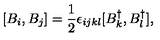
[ B _ { i } , B _ { j } ] = \frac { 1 } { 2 } \epsilon _ { i j k l } [ B _ { k } ^ { \dagger } , B _ { l } ^ { \dagger } ] ,